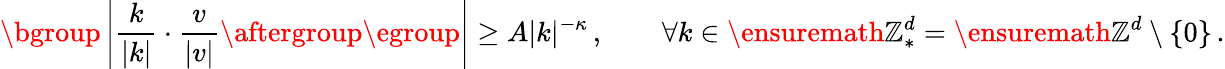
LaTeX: \mathopen{}\mathclose\bgroup\left|\frac{k}{|k|}\cdot\frac{v}{|v|}\aftergroup\egroup\right|\geq A|k|^{-\kappa}\, ,\qquad\forall k\in\ensuremath{\mathbb{Z}}_{*}^{d}=\ensuremath{\mathbb{Z}}^{d}\setminus\{ 0\} \, .